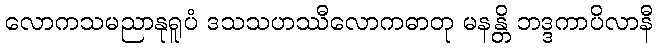
လောကသမညာနုရူပံ ဒသသဟဿီလောကဓာတု မနန္တိ ဘဒ္ဒကာပိလာနီ